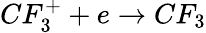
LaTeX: CF_{3}^{+}+e\rightarrow CF_{3}